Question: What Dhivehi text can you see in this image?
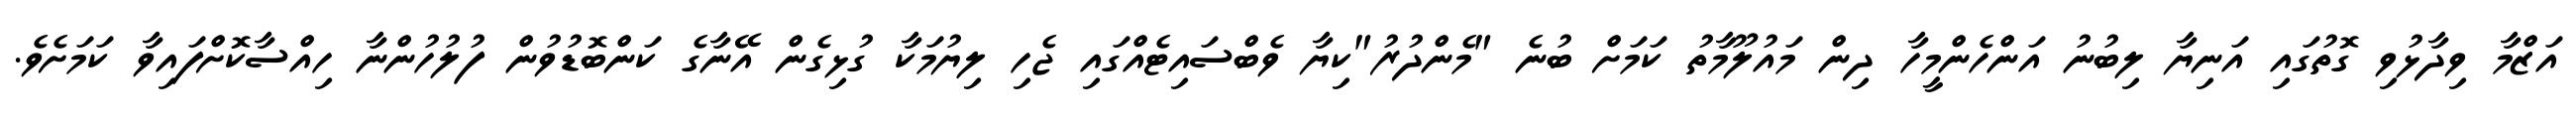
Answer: އަޒްމާ ވިދާޅުވި ގޮތުގައި އަނިޔާ ލިބުނު އަންހެންމީހާ ދިން މައުލޫމާތު ކަމަށް ބުނެ "މެންދުރު"ކިޔާ ވެބްސައިޓެއްގައި ޖެހި ލިޔުމަކާ ގުޅިގެން އޭނާގެ ކަންބޮޑުވުން ފުލުހުންނާ ހިއްސާކޮށްފައިވާ ކަމަށެވެ.